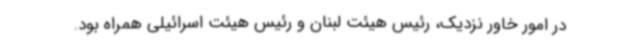
در امور خاور نزدیک، رئیس هیئت لبنان و رئیس هیئت اسرائیلی همراه بود.